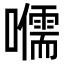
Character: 𡃽